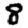
Digit: 8